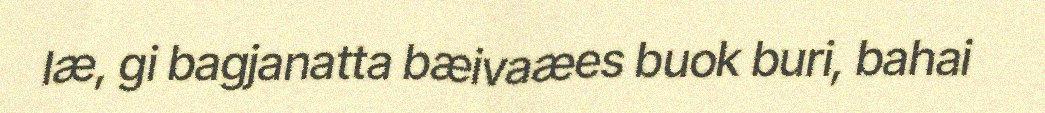
læ, gi bagjanatta bæivaæes buok buri, bahai